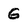
Character: G